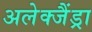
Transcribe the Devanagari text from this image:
अलेक्जैंड्रा